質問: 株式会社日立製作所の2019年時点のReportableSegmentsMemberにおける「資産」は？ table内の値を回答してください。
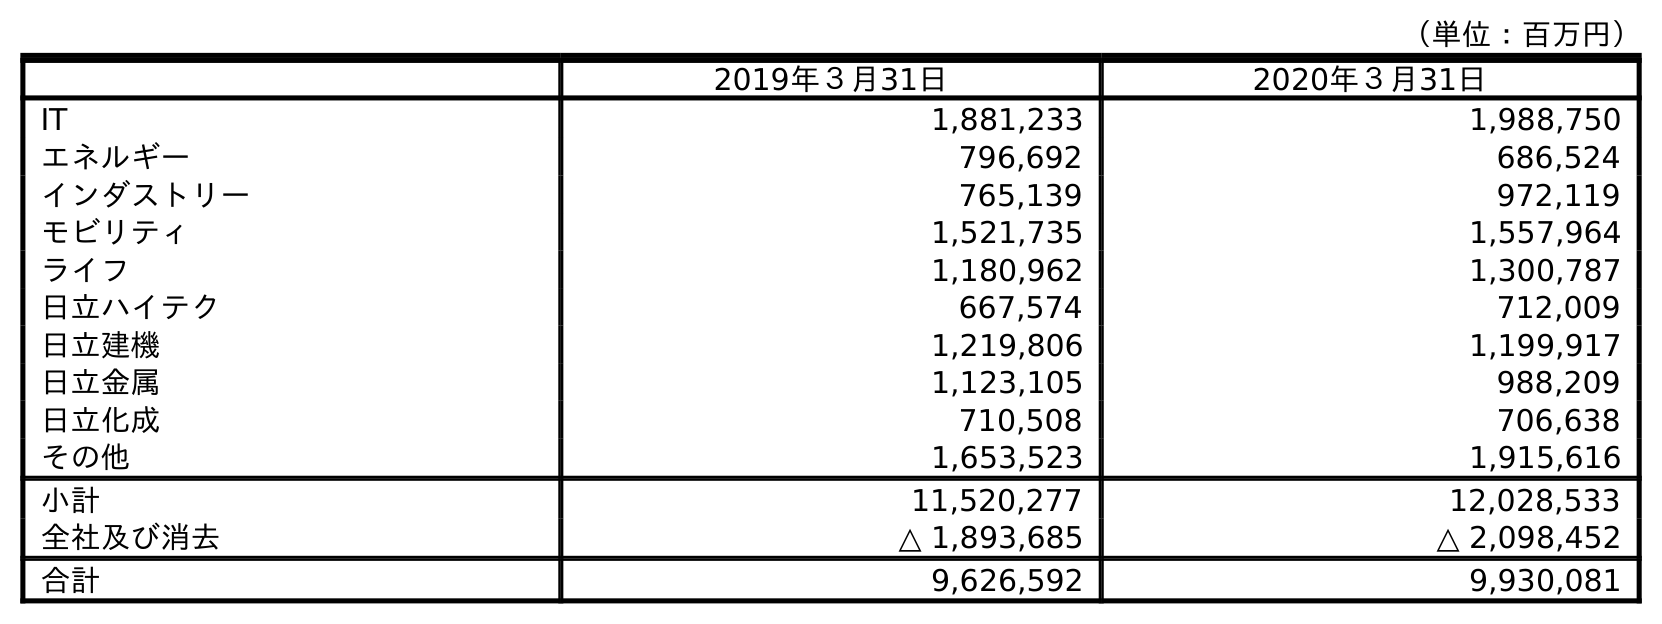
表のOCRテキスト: （単位：百万円） 2019年３月31日 2020年３月31日 IT 1,881,233 1,988,750 エネルギー 796,692 686,524 インダストリー 765,139 972,119 モビリティ 1,521,735 1,557,964 ライフ 1,180,962 1,300,787 日立ハイテク 667,574 712,009 日立建機 1,219,806 1,199,917 日立金属 1,123,105 988,209 日立化成 710,508 706,638 その他 1,653,523 1,915,616 小計 11,520,277 12,028,533 全社及び消去 △ 1,893,685 △ 2,098,452 合計 9,626,592 9,930,081
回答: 11,520,277